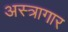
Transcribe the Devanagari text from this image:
अस्त्रागार